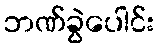
ဘဏ်ခွဲပေါင်း